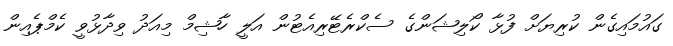
ގައުމައިގެން ކުރިޔަށް ފުޅާ ކޯލިޝަންގެ ސެކްރެޓޭރިއެޓުން އަލީ ހާޝިމް މިއަދު ވިދާޅުވީ ކެމްޕެއިން